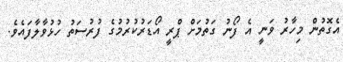
އެގޮތުން މިހާރު ވަނީ އެ ފޯނު ގަތުމަށް ޕްރީ އޯޑަރުކުރުމުގެ ފުރުސަތު ހުޅުވާލާފައެވެ.